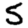
Digit: 5